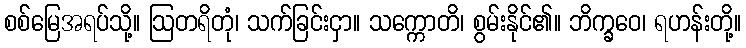
စစ်မြေအရပ်သို့။ ဩတရိတုံ၊ သက်ခြင်းငှာ။ သက္ကောတိ၊ စွမ်းနိုင်၏။ ဘိက္ခဝေ၊ ရဟန်းတို့။